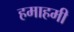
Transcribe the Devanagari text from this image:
हमाहमी